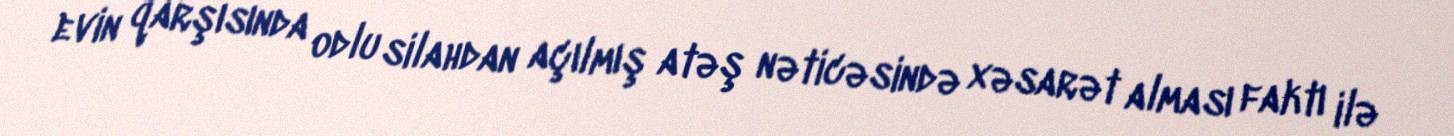
evin qarşısında odlu silahdan açılmış atəş nəticəsində xəsarət alması faktı ilə